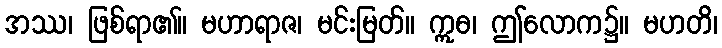
အဿ၊ ဖြစ်ရာ၏။ မဟာရာဇ၊ မင်းမြတ်။ ဣဓ၊ ဤလောက၌။ မဟတိ၊